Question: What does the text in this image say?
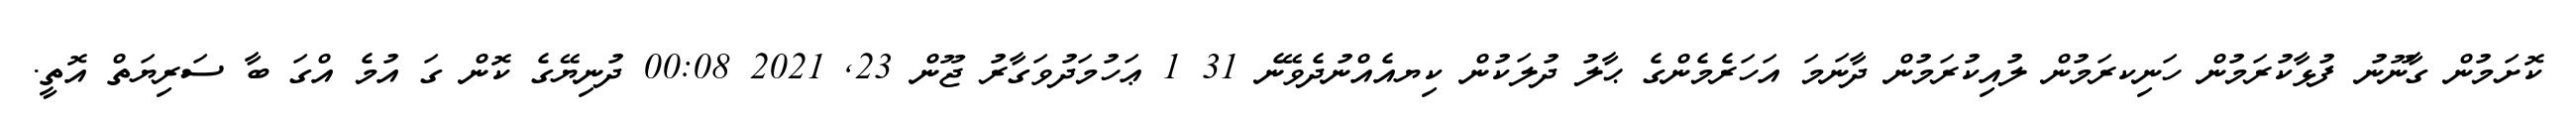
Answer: ކޮށަމުން ގާނޫނު ފުޅާކުރަމުން ހަނިކރަމުން ލުއިކުރަމުން ދާނަމަ އަހަރެމެންގެ ޙާލު ދުލަކުން ކިޔއެއްނުދެވޭނެ 31 1 ޢަހުމަދުވަގާރު ޖޫން 23, 2021 00:08 ދުނިޔޭގެ ކޮން ގަ އުމެ އްގަ ބާ ސަރިޔަތް އޮތީ.